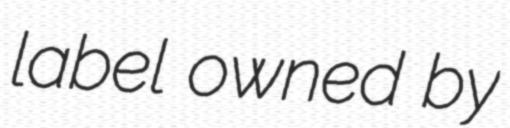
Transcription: label owned by